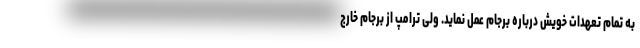
به تمام تعهدات خویش درباره برجام عمل نماید. ولی ترامپ از برجام خارج